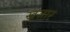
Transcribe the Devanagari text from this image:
खज़ार